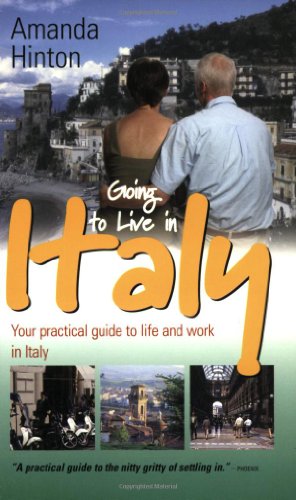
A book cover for Going to Live in Italy: 3rd edition; Amanda Hinton; Travel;